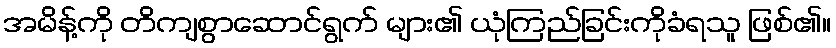
အမိန့်ကို တိကျစွာဆောင်ရွက် များ၏ ယုံကြည်ခြင်းကိုခံရသူ ဖြစ်၏။